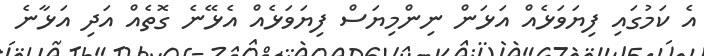
އެ ކަމުގައި ފިޔަވަޅެއް އަޅަން ނިންމިޔަސް ފިޔަވަޅެއް އެޅޭނެ ގޮތެއް އަދި އަޅާނެ